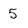
Character: 5